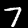
Digit: 7